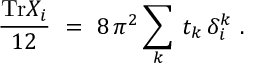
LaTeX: \frac { \mathrm { T r } X _ { i } } { 1 2 } \ = \ 8 \, \pi ^ { 2 } \sum _ { k } \: t _ { k } \, \delta _ { i } ^ { k } \ .